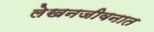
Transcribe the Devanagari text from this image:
लेखनजीवनात